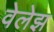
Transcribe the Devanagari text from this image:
वेलेझ